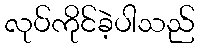
လုပ်ကိုင်ခဲ့ပါသည်